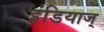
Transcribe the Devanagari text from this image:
इंडियाज्